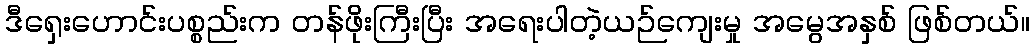
ဒီရှေးဟောင်းပစ္စည်းက တန်ဖိုးကြီးပြီး အရေးပါတဲ့ယဉ်ကျေးမှု အမွေအနှစ် ဖြစ်တယ်။